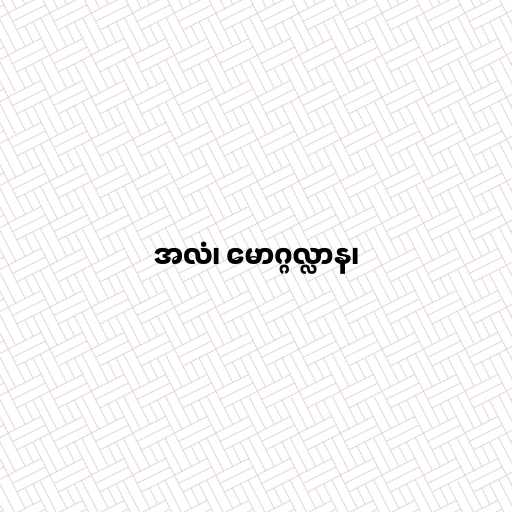
အလံ၊ မောဂ္ဂလ္လာန၊